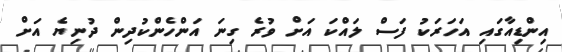
އިންޑިއާގައި އަހަރަކު ފަސް ލައްކަ އަށް ވުރެ ގިނަ އަންހެންކުދިން ދުނިޔެ އަށް